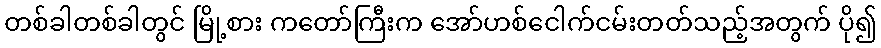
တစ်ခါတစ်ခါတွင် မြို့စား ကတော်ကြီးက အော်ဟစ်ငေါက်ငမ်းတတ်သည့်အတွက် ပို၍